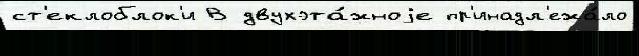
ст'еклоблок'и В двухэта́жноjе пр'инадл'ежа́ло